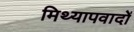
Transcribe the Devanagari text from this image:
मिथ्‍यापवादों